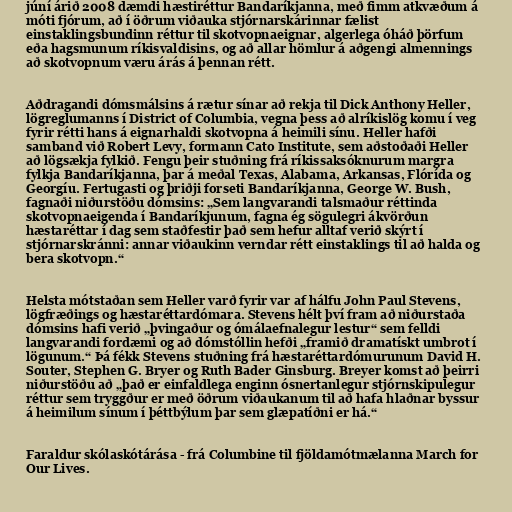
júní árið 2008 dæmdi hæstiréttur Bandaríkjanna, með fimm atkvæðum á
móti fjórum, að í öðrum viðauka stjórnarskárinnar fælist
einstaklingsbundinn réttur til skotvopnaeignar, algerlega óháð þörfum
eða hagsmunum ríkisvaldisins, og að allar hömlur á aðgengi almennings
að skotvopnum væru árás á þennan rétt.

Aðdragandi dómsmálsins á rætur sínar að rekja til Dick Anthony Heller,
lögreglumanns í District of Columbia, vegna þess að alríkislög komu í veg
fyrir rétti hans á eignarhaldi skotvopna á heimili sínu. Heller hafði
samband við Robert Levy, formann Cato Institute, sem aðstoðaði Heller
að lögsækja fylkið. Fengu þeir stuðning frá ríkissaksóknurum margra
fylkja Bandaríkjanna, þar á meðal Texas, Alabama, Arkansas, Flórída og
Georgíu. Fertugasti og þriðji forseti Bandaríkjanna, George W. Bush,
fagnaði niðurstöðu dómsins: „Sem langvarandi talsmaður réttinda
skotvopnaeigenda í Bandaríkjunum, fagna ég sögulegri ákvörðun
hæstaréttar í dag sem staðfestir það sem hefur alltaf verið skýrt í
stjórnarskránni: annar viðaukinn verndar rétt einstaklings til að halda og
bera skotvopn.“

Helsta mótstaðan sem Heller varð fyrir var af hálfu John Paul Stevens,
lögfræðings og hæstaréttardómara. Stevens hélt því fram að niðurstaða
dómsins hafi verið „þvingaður og ómálaefnalegur lestur“ sem felldi
langvarandi fordæmi og að dómstóllin hefði „framið dramatískt umbrot í
lögunum.“ Þá fékk Stevens stuðning frá hæstaréttardómurunum David H.
Souter, Stephen G. Bryer og Ruth Bader Ginsburg. Breyer komst að þeirri
niðurstöðu að „það er einfaldlega enginn ósnertanlegur stjórnskipulegur
réttur sem tryggður er með öðrum viðaukanum til að hafa hlaðnar byssur
á heimilum sínum í þéttbýlum þar sem glæpatíðni er há.“

Faraldur skólaskótárása - frá Columbine til fjöldamótmælanna March for
Our Lives.